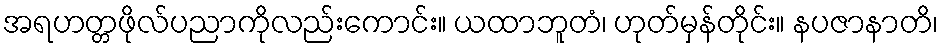
အရဟတ္တဖိုလ်ပညာကိုလည်းကောင်း။ ယထာဘူတံ၊ ဟုတ်မှန်တိုင်း။ နပဇာနာတိ၊